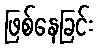
ဖြစ်နေခြင်း